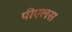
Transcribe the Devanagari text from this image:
पीएलस